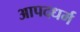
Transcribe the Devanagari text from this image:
आपदधर्म